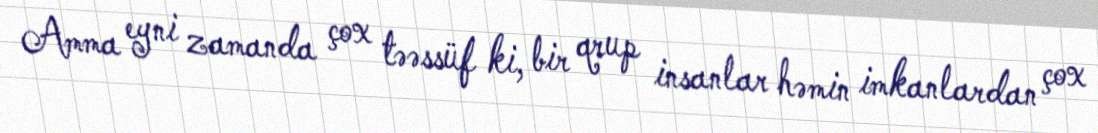
Amma eyni zamanda çox təəssüf ki, bir qrup insanlar həmin imkanlardan çox